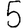
Digit: 5